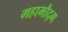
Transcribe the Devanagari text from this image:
महामौद्ग